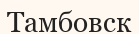
Тамбовск